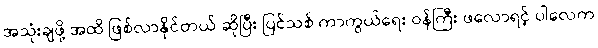
အသုံးချဖို့ အထိ ဖြစ်လာနိုင်တယ် ဆိုပြီး ပြင်သစ် ကာကွယ်ရေး ဝန်ကြီး ဖလောရင့် ပါလေက